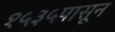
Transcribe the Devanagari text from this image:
१५३५पासून